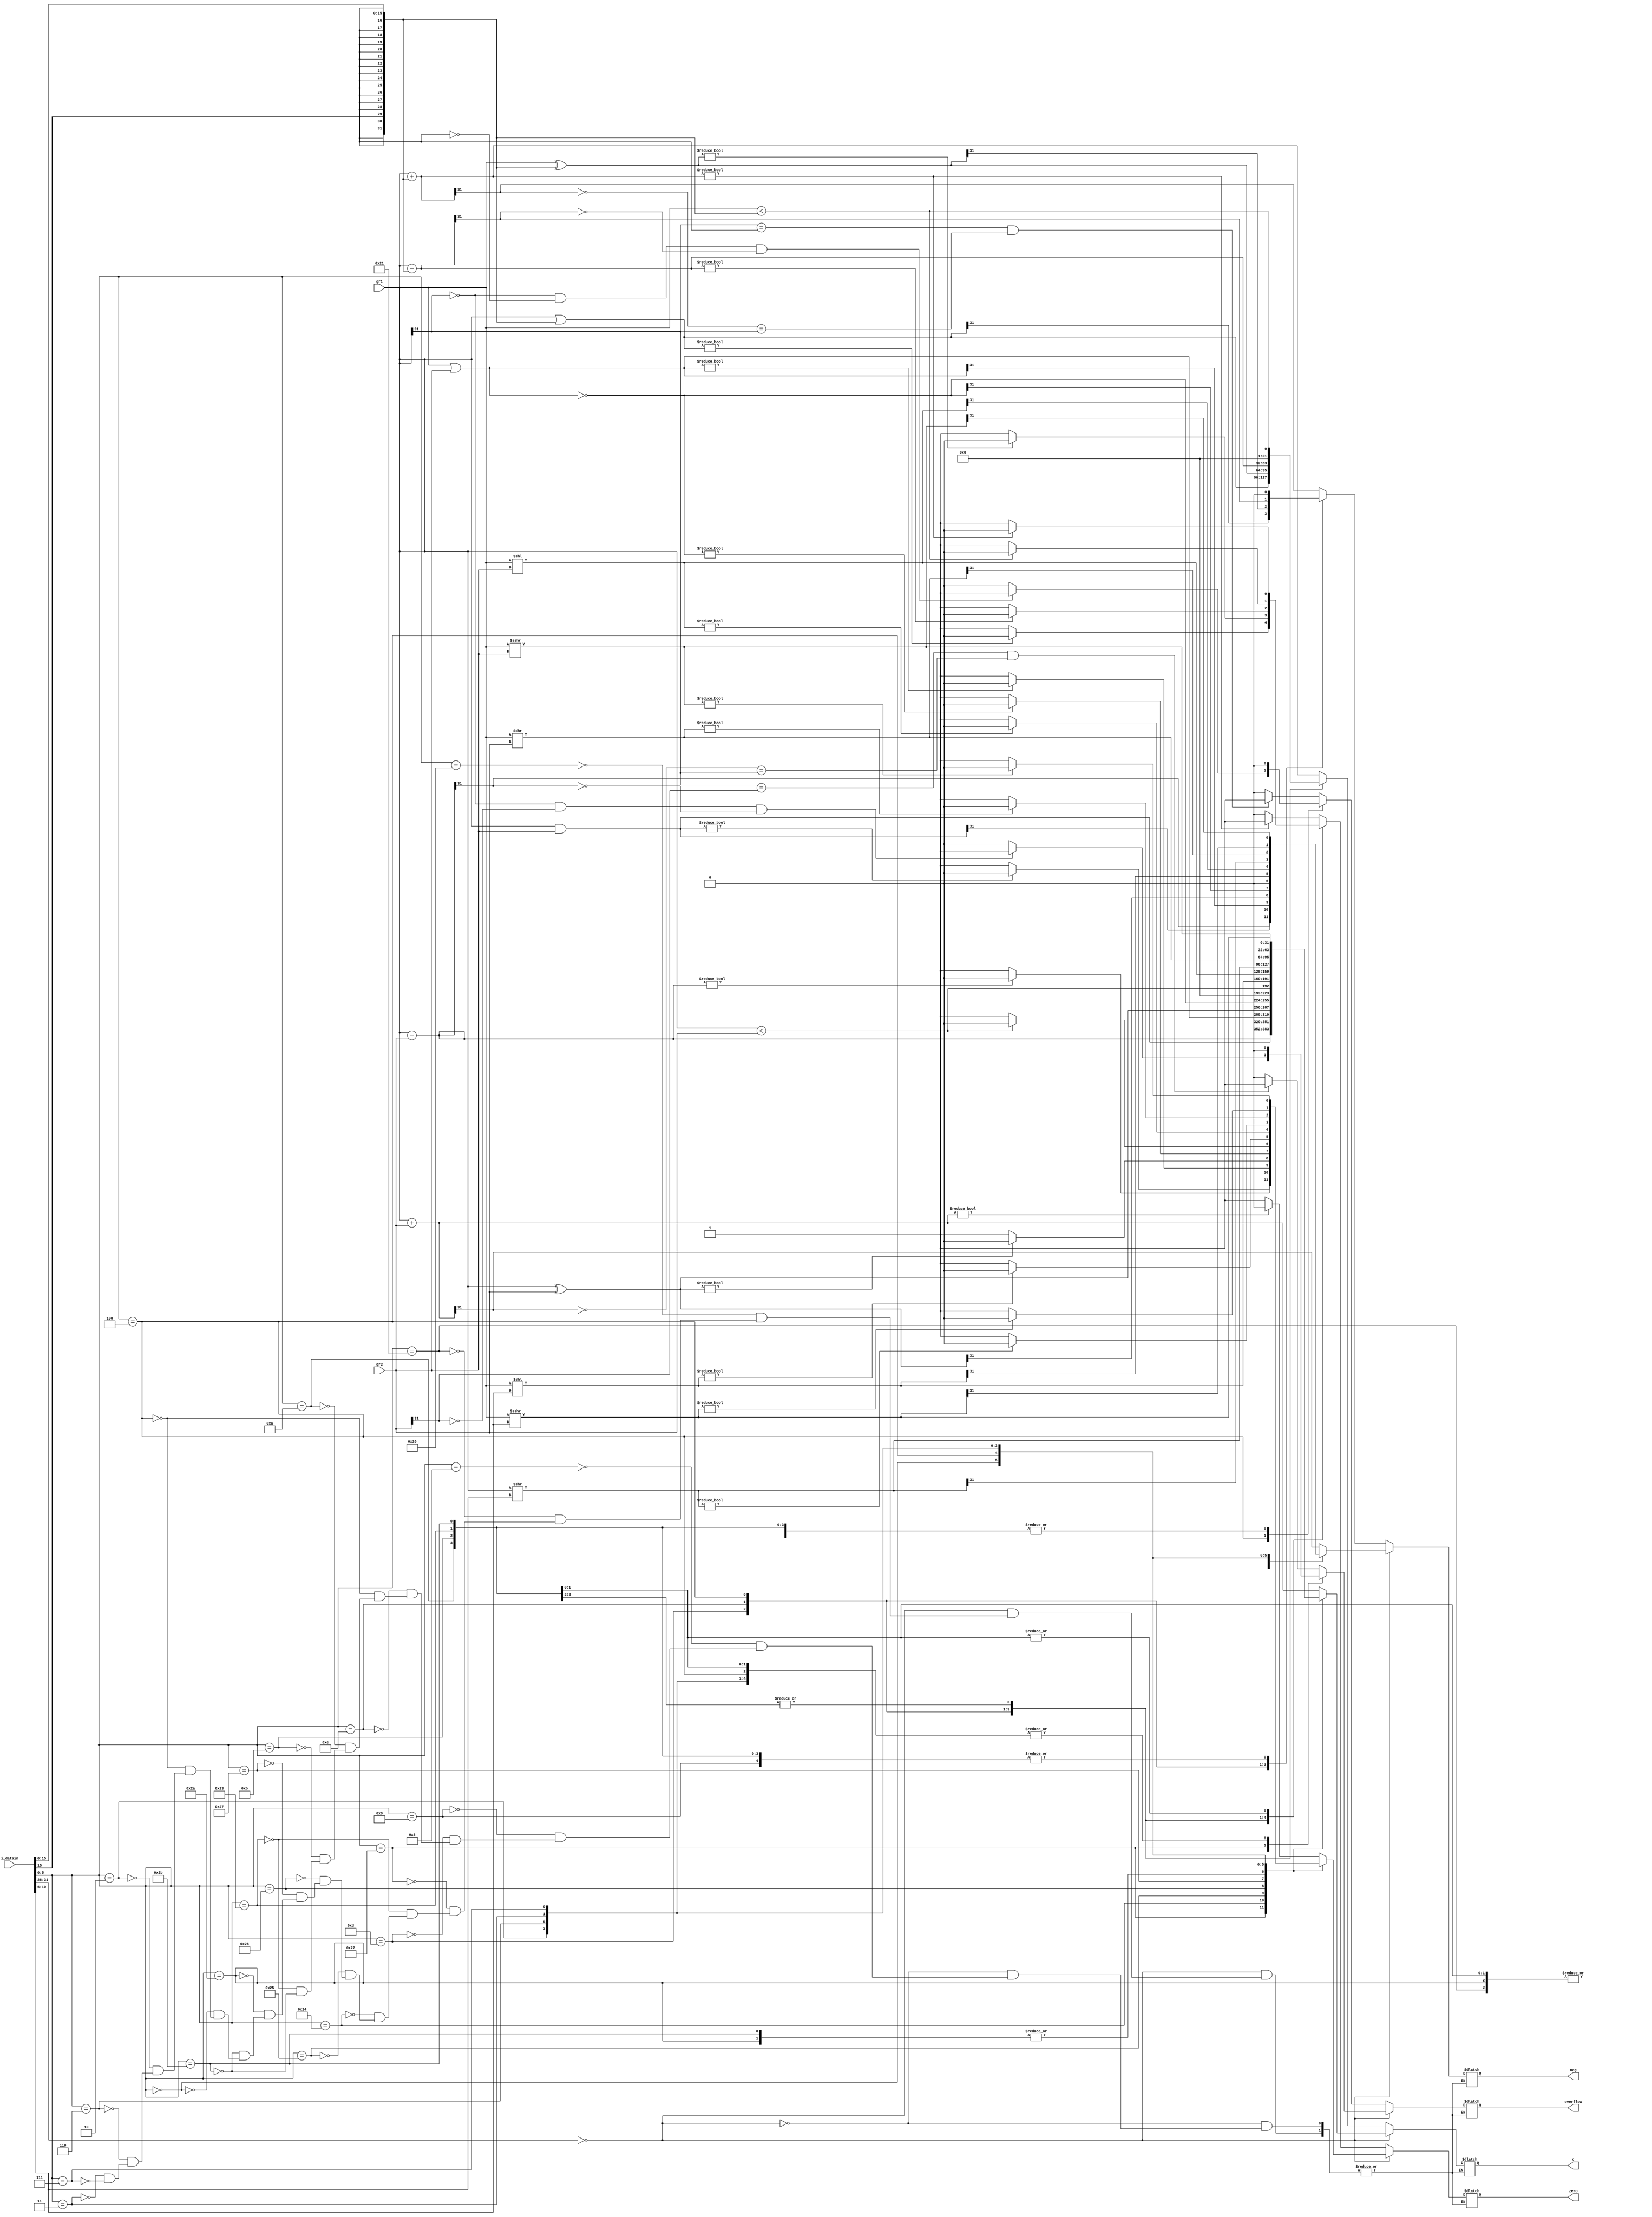
module alu(i_datain, gr1, gr2, zero, neg, overflow, c);

output signed[31:0] c;

/**flag*/
output zero;
output overflow;
output neg;
reg zero, overflow, neg;

input signed[31:0] i_datain, gr1, gr2;

reg[5:0] opcode, func;
reg[4:0] sa;
reg[31:0] imm;



//reg zf;
//reg nf;
reg[31:0] reg_A, reg_B, reg_C;


parameter gr0 = 32'h0000_0000;
parameter Width = 32;
parameter MSB = Width - 1;
reg [31:0] unsigned_regB, unsigned_regA;

always @(imm, gr1, gr2)
begin

sa = i_datain[10:6];
opcode = i_datain[31:26];
func = i_datain[5:0];
reg_A = gr1;
reg_B = gr2;
imm = {{16{i_datain[15]}} ,i_datain[15:0]};

case(opcode)

6'b000000: begin //R-Type
    case(func)
        6'h20: begin //add
            reg_A = gr1;
            reg_B = gr2;
            reg_C = reg_A + reg_B;
            overflow <= ((reg_A[31] == reg_B[31]) && (~reg_C[31] == reg_A[31]))?1:0;
            zero <= (reg_C) ? 0 : 1;
            neg <= reg_C[MSB];
        end

        //addu
        6'h21: begin //addu
            reg_A = gr1;
            unsigned_regA = gr1;
            reg_B = gr2;
            unsigned_regB = gr2;
            reg_C = unsigned_regA + unsigned_regB;
            zero = (reg_C) ? 0 : 1;
            overflow = 1'b0;
            neg = 1'b0;
        end

        //sub
        6'h22: begin 
            reg_A = gr1;
            reg_B = gr2;
            reg_C = reg_A - reg_B;
            overflow = (reg_A[31] == 0 && reg_B[31] == 0 && reg_C[31] == 0)? 1:0;
            zero = reg_C? 0:1;
            neg = reg_C[MSB];
        end
        
        //subu
        6'h23: begin
            reg_A = gr1;
            unsigned_regA = gr1;
            reg_B = gr2;
            unsigned_regB = gr2;
            reg_C = unsigned_regA + unsigned_regB;
            zero = reg_C? 0:1;
            overflow = 1'b0;
            neg = 1'b0;
        end

        //and
        6'h24: begin
            reg_A = gr1;
            reg_B = gr2;
            reg_C = reg_A & reg_B;
            zero = (reg_C)?0:1;
            overflow = 1'b0;
            neg = reg_C[MSB];
        end

        //or 
        6'h25:begin
            reg_A = gr1;
            reg_B = gr2;
            reg_C = reg_A | reg_B;
            overflow = 1'b0;
            neg = reg_C[MSB];
            zero = reg_C?0:1;
        end

        //xor 
        6'h26: begin
            reg_A = gr1;
            reg_C = reg_A ^ reg_B;
            overflow = 1'b0;
            neg = reg_C[MSB];
            zero = reg_C?0:1;
        end

        //nor 
        6'h27: begin
            reg_A = gr1;
            reg_B = gr2;
            reg_C = ~(reg_A|reg_B);
            overflow = 1'b0;
            neg = reg_C[MSB];
            zero = reg_C ? 0:1;
        end

        //slt
        6'h2a: begin
            reg_A = gr1;
            reg_B = gr2;
            reg_C = reg_A < reg_B;
            overflow = 1'b0;
            neg = 1'b0;
            zero = reg_C ? 0:1;
        end

        //sltu
        6'h2b: begin
            reg_A = gr1;
            unsigned_regA = reg_A;
            reg_B = gr2;
            unsigned_regB = reg_B;
            reg_C = unsigned_regA < unsigned_regB;
            overflow = 1'b0;
            neg = 1'b0;
            zero = reg_C ? 0:1;
        end

        //sll
        6'h0:begin
            reg_A = gr1;
            reg_B = {{27{1'b0}}, sa};
            reg_C = reg_A << reg_B;
            overflow = 1'b0;
            neg = reg_C[MSB];
            zero = reg_C ? 0:1;
        end

        //sllv
        6'h4:begin
            reg_A = gr1;
            reg_B = gr2;
            reg_C = reg_A << reg_B;
            overflow = 1'b0;
            neg = reg_C[MSB];
            zero = reg_C ? 0:1;
        end

        //srl
        6'h2: begin
            reg_A = gr1;
            reg_B = {{27{1'b0}}, sa};
            reg_C = reg_A >> reg_B;
            overflow = 1'b0;
            neg = reg_C[MSB];
            zero = reg_C ? 0:1;
        end

        //srlv
        6'h6: begin
            reg_A = gr1;
            reg_B = gr2;
            reg_C = reg_A >> reg_B;
            overflow = 1'b0;
            neg = reg_C[MSB];
            zero = reg_C ? 0:1;
        end

        //sra
        6'h3: begin
            reg_A = gr1;
            reg_B = {{27{1'b0}}, sa};
            reg_C = reg_A >>> reg_B;
            overflow = 1'b0;
            neg = reg_C[MSB];
            zero = reg_C ? 0:1;
        end

        //srav
        6'h7:begin
            reg_A = gr1;
            reg_B = gr2;
            reg_C = reg_A >>> reg_B;
            overflow = 1'b0;
            neg = reg_C[MSB];
            zero = reg_C ? 0:1;
        end

    endcase

end //R-Type end

default:begin //I-Type
    case(func) 
        //addi
        6'h8: begin
            reg_B = imm;
            reg_A = gr1;
            reg_C = reg_A + reg_B;
            overflow = ((reg_A[31] == reg_B[31]) && (~reg_C[31] == reg_A[31]))?1:0;
            zero = (reg_C)?1:0;
            neg = reg_C[MSB];
        end

        //addiu
        6'h9: begin
            reg_B = imm;
            reg_A = gr1;
            unsigned_regA = gr1;
            reg_B = gr2;
            unsigned_regB = imm;
            reg_C = unsigned_regA + unsigned_regB;
            zero = (reg_C)?1:0;
            overflow = 1'b0;
            neg = 1'b0;
        end

        //ori
        6'hd: begin
            reg_B = imm;
            reg_A = gr1;
            reg_C = reg_A | reg_B;
            overflow = 1'b0;
            neg = reg_C[MSB];
            zero = reg_C?0:1;
        end

        //xori
        6'he: begin
            reg_B = imm;
            reg_A = gr1;
            reg_C = reg_A ^ reg_B;
            overflow = 1'b0;
            neg = reg_C[MSB];
            zero = reg_C?0:1;
        end

        //beq
        6'h4: begin
            reg_A = gr1;
            reg_B = imm;
            reg_C = reg_A - reg_B;
            overflow = (reg_A[31] == 0 && reg_B[31] == 0 && reg_C[31] == 0)? 1:0;
            zero = reg_C? 0:1;
            neg = reg_C[MSB];
        end

        //bne
        6'h4: begin
            reg_A = gr1;
            reg_B = imm;
            reg_C = reg_A - reg_B;
            overflow = (reg_A[31] == 0 && reg_B[31] == 0 && reg_C[31] == 0)? 1:0;
            zero = reg_C? 0:1;
            neg = reg_C[MSB];
        end

        //slti
        6'ha: begin
            reg_A = gr1;
            reg_B = imm;
            reg_C = reg_A < reg_B;
            overflow = 1'b0;
            neg = 1'b0;
            zero = reg_C ? 0:1;
        end

        //sltiu
        6'hb: begin
            reg_A = gr1;
            unsigned_regA = reg_A;
            reg_B = imm;
            unsigned_regB = reg_B;
            reg_C = unsigned_regA < unsigned_regB;
            overflow = 1'b0;
            neg = 1'b0;
            zero = reg_C ? 0:1;
        end

        //lw
        6'h23: begin
            reg_A = gr1;
            reg_B = imm;
            reg_C = reg_A + reg_B;
            overflow = 1'b0;
            neg = 1'b0;
            zero = reg_C ? 0:1;
        end

        //sw
        6'h2b: begin
            reg_A = gr1;
            reg_B = imm;
            reg_C = reg_A + reg_B;
            overflow = 1'b0;
            neg = 1'b0;
            zero = reg_C ? 0:1;
        end

        

    endcase

end

endcase

end

assign c = reg_C[31:0];

endmodule